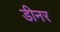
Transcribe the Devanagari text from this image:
डीनर